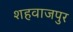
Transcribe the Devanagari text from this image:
शहवाजपुर